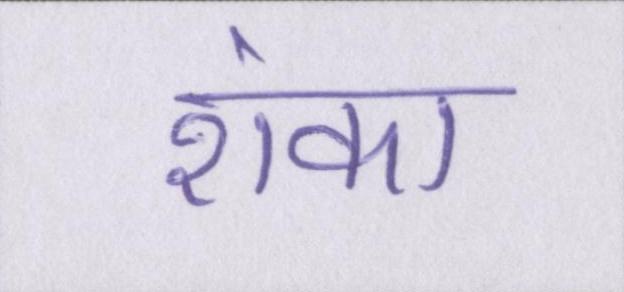
शंका